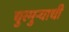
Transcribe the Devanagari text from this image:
चुरमुऱ्याची